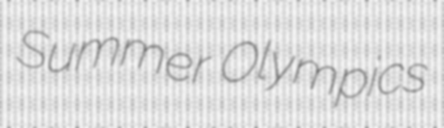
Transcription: Summer Olympics